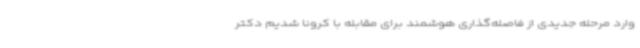
وارد مرحله جدیدی از فاصله‌گذاری هوشمند برای مقابله با کرونا شدیم دکتر